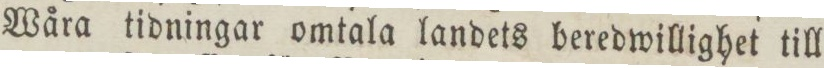
Wåra tidningar omtala landets beredwillighet till